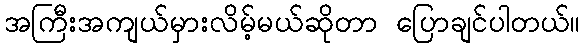
အကြီးအကျယ်မှားလိမ့်မယ်ဆိုတာ ပြောချင်ပါတယ်။